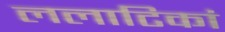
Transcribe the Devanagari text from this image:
ललाटिकां